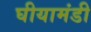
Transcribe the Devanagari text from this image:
घीयामंडी